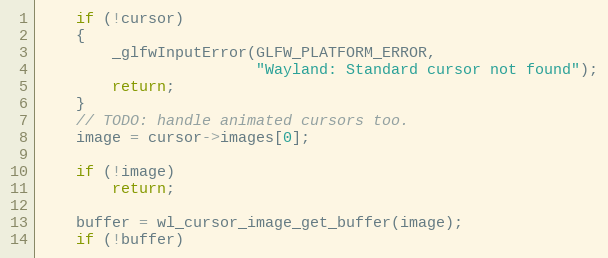
Language: C
    if (!cursor)
    {
        _glfwInputError(GLFW_PLATFORM_ERROR,
                        "Wayland: Standard cursor not found");
        return;
    }
    // TODO: handle animated cursors too.
    image = cursor->images[0];

    if (!image)
        return;

    buffer = wl_cursor_image_get_buffer(image);
    if (!buffer)